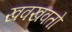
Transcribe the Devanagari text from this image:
खवखवतो